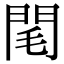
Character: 閐